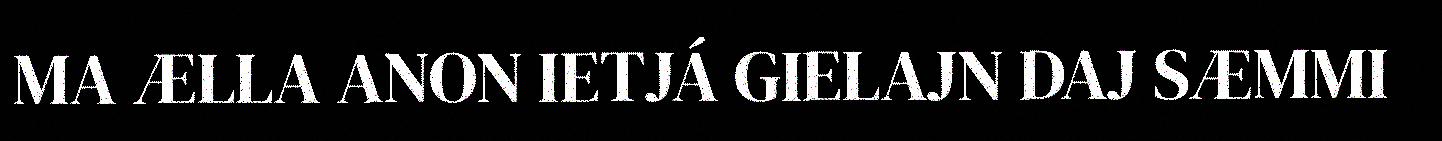
MA ÆLLA ANON IETJÁ GIELAJN DAJ SÆMMI